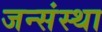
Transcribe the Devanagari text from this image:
जन्संस्था